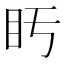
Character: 𥃳